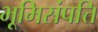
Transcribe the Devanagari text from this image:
भूमिसंपत्ति